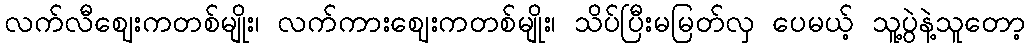
လက်လီဈေးကတစ်မျိုး၊ လက်ကားဈေးကတစ်မျိုး၊ သိပ်ပြီးမမြတ်လှ ပေမယ့် သူ့ပွဲနဲ့သူတော့